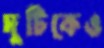
দুটিকেও